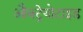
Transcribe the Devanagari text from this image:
औक्ट्रेयोटाइड